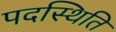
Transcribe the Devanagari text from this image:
पदस्थिति